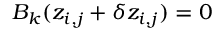
B _ { k } ( z _ { i , j } + \delta z _ { i , j } ) = 0